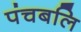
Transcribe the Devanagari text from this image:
पंचबलि